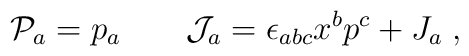
{\cal P}_a=p_a\qquad {\cal J}_a=\epsilon_{abc}x^b p^c+ J_a\;,